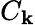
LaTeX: C_{\mathbf{k}}